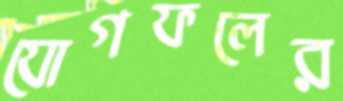
যোগফলের